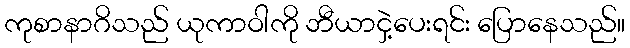
ကုစာနာဂိသည် ယုကာဝါကို ဘီယာငှဲ့ပေးရင်း ပြောနေသည်။